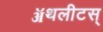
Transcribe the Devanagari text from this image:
ॲथलीटस्